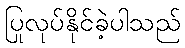
ပြုလုပ်နိုင်ခဲ့ပါသည်